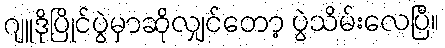
ဂျူဒိုပြိုင်ပွဲမှာဆိုလျှင်တော့ ပွဲသိမ်းလေပြီ။